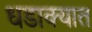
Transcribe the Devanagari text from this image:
धडाक्‍यात